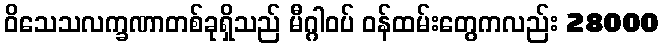
ဝိသေသလက္ခဏာတစ်ခုရှိသည် မီဂ္ဂါဝပ် ဝန်ထမ်းတွေကလည်း 28000